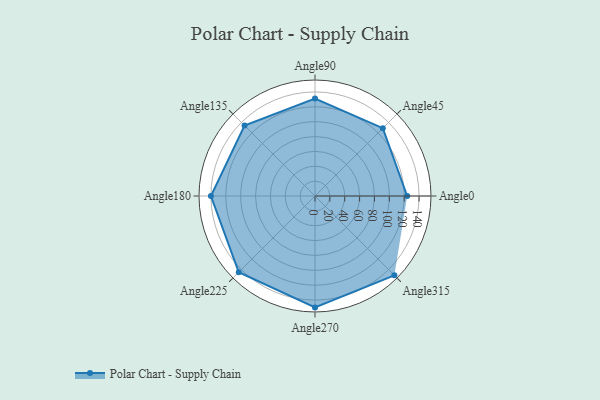
{"axis": {"x": "Angle", "y": "Radius"}, "legend": [""], "data": [{"x": "Angle0", "y": 124.0, "type": ""}, {"x": "Angle45", "y": 129.0, "type": ""}, {"x": "Angle90", "y": 131.0, "type": ""}, {"x": "Angle135", "y": 134.0, "type": ""}, {"x": "Angle180", "y": 140.0, "type": ""}, {"x": "Angle225", "y": 145.0, "type": ""}, {"x": "Angle270", "y": 150.0, "type": ""}, {"x": "Angle315", "y": 151.0, "type": ""}]}